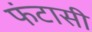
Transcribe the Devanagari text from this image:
फंटासी